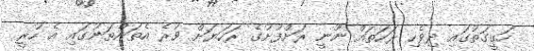
ހަގީގަތުގައި ދިވެހި ރަހަތައް ނޫނީ ރަށްފުށުގެ ރަހަޔަށް ވުރެ އެތަންތަނުގައި އެ ހުރީ